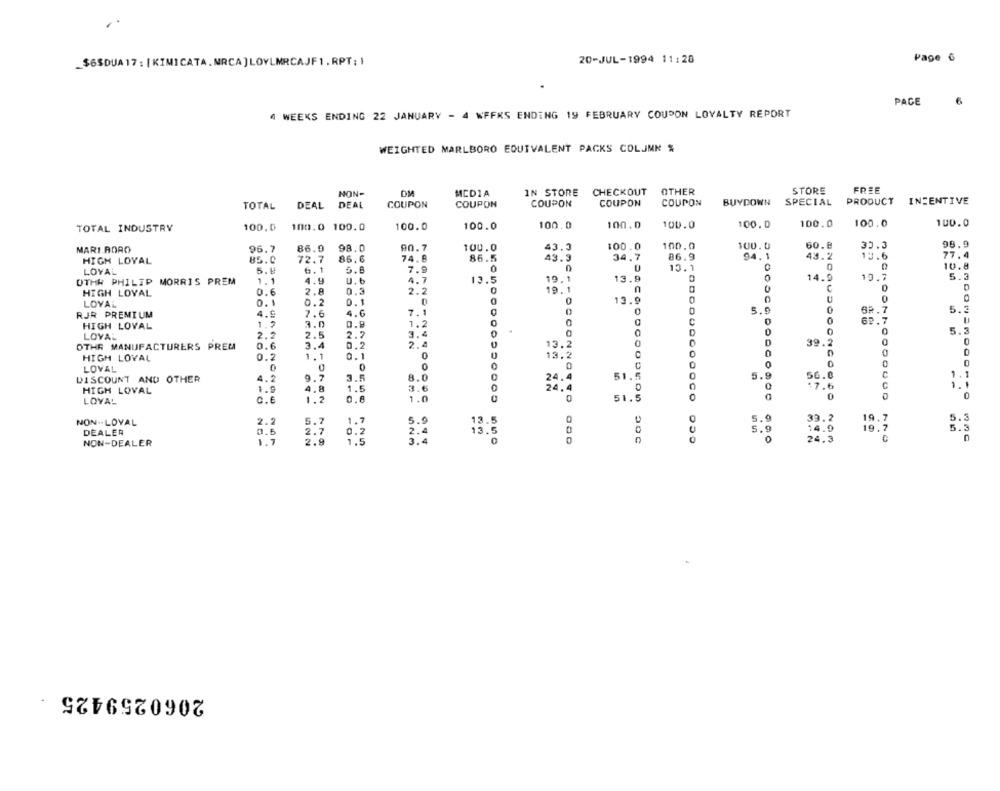
..
_$6SDUA 17 : [KIMICATA.MRCA] LOYLMRCAJF1.RPT: 1
20-JUL-1994 11:28
Page 6
PACE
6
4 WEEKS ENDING 22 JANUARY - 4 WFFKS ENDING 19 FEBRUARY COUPON LOYALTY REPORT
WEIGHTED MARLBORO EQUIVALENT PACKS COLUMN %
CHECKOUT
OTHER
STORE
FREE
NON-
DM
MEDIA
IN STORE
TOTAL DEAL
DEAL
COUPON
COUPON
COUPON
COUPON
COUPON
BUYDOWN SPECIAL PRODUCT INCENTIVE
TOTAL INDUSTRY
100.0 100.0 100.0
100.0
100.0
100.0
100.0
100.0
100.0
100.0
100.0
100.0
100.0
43.0
100.0
100.0
100.0
60.8
35.3
98.9
MARI BORD
96.7
86.0
98.0
90.7
77.4
HIGH LOYAL
85.0
72.7
86.6
74.8
86.5
43.9
34.7
86.9
94.1
43.2
13.6
LOYAL
5.4
6.1
5.8
7.9
0
13.1
10.8
U. t
13.5
19.1
13.9
14.9
19.7
5.3
OTHR PHILIP MORRIS PREM
1.1
4.9
4.7
HIGH LOYAL
0.6
2.8
0.3
2.2
0
19.1
n
0
0.1
0.1
0
0
13.9
0
LOYAL
0.2
5.9
0
5.3
RJR PREMIUM
4.9
7.6
4.6
7.1
0
0
0
HIGH LOVAL
1.7
3.0
0.9
1.2
0
0
0
69.7
3.4
0
0
0
5.3
LOYAL
2.2
2.5
2.2
0
OTHR MANUFACTURERS PREM
0.6
3.4
0.2
2.4
13.2
0
D
39.2
0
HIGH LOYAL
0.2
1.1
0.1
0
13.2
0
0
0
0
0
0
0
0
LOVAL
0
0
0
0
C
C
1.1
DISCOUNT AND OTHER
4.2
9.7
3.5
8.0
24.4
51
.5
5.9
56.0
1.9
4.8
1.5
3.6
0
24.
17.6
C
1.1
HIGH LOVAL
0
0
0
0
LOYAL
C.6
1.2
1.0
0
0
51.5
aOc
CCO
2.2
5.9
39.2
19,7
5.3
NON -· LOVAL
13.
14.9
5.3
DEALER
0.6
13.5
5.9
19.7
NON-DEALER
1.7
2 .7
0
24.3
2060259425